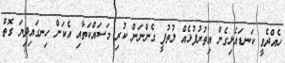
ހެއްދެވީ ކަނޑައެޅިގެން އިތުރުފުޅެއް ލުތުފީ ގެންނަން ކުރި މަސައްކަތާއި އެކަން ހިނގައިދިޔަ ގޮތް